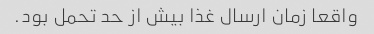
واقعا زمان ارسال غذا بیش از حد تحمل بود.